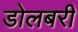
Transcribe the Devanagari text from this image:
डोलबरी